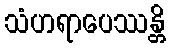
သံဟရာပေဿန္တိ